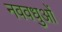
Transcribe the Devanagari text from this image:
नववधुओं